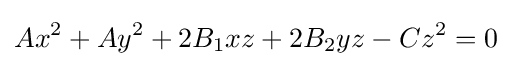
Ax^{2}+Ay^{2}+2B_{1}xz+2B_{2}yz-Cz^{2}=0